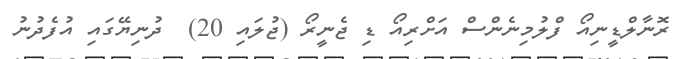
ރޮނާލްޑީނިއޯ ފްލުމިނެންސް އަށްރިއޯ ޑި ޖެނީރޯ (ޖުލައި 20)  ދުނިޔޭގައި އުފެދުނު